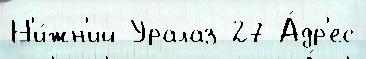
Н'и́жн'ий Уралаз 27 А́др'ес